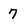
Character: 7